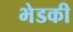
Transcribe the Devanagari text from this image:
भेडकी